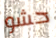
حشو